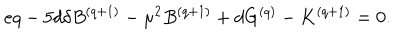
e q - 5 d \delta B ^ { ( q + 1 ) } - { \mu } ^ { 2 } B ^ { ( q + 1 ) } + d G ^ { ( q ) } - K ^ { ( q + 1 ) } = 0 .